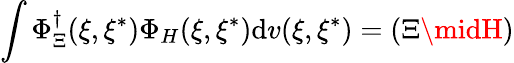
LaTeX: \int\Phi_{\Xi}^{\dagger}(\xi,\xi^{*})\Phi_{H}(\xi,\xi^{*})\mathrm{d}v(\xi,\xi^{*})=\left(\Xi\midH\right)